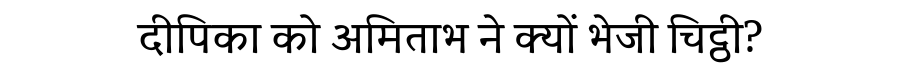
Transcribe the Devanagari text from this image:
दीपिका को अमिताभ ने क्यों भेजी चिट्ठी?